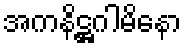
အကနိဋ္ဌဂါမိနော